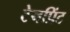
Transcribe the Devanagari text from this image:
टेनप्रिंट